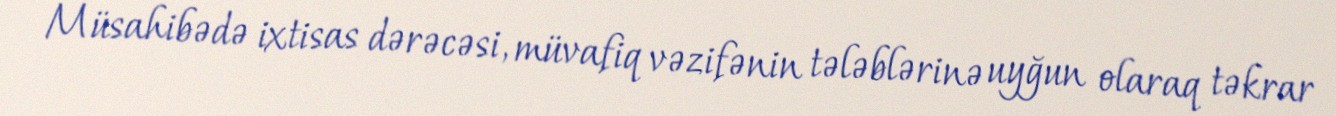
Müsahibədə ixtisas dərəcəsi, müvafiq vəzifənin tələblərinə uyğun olaraq təkrar